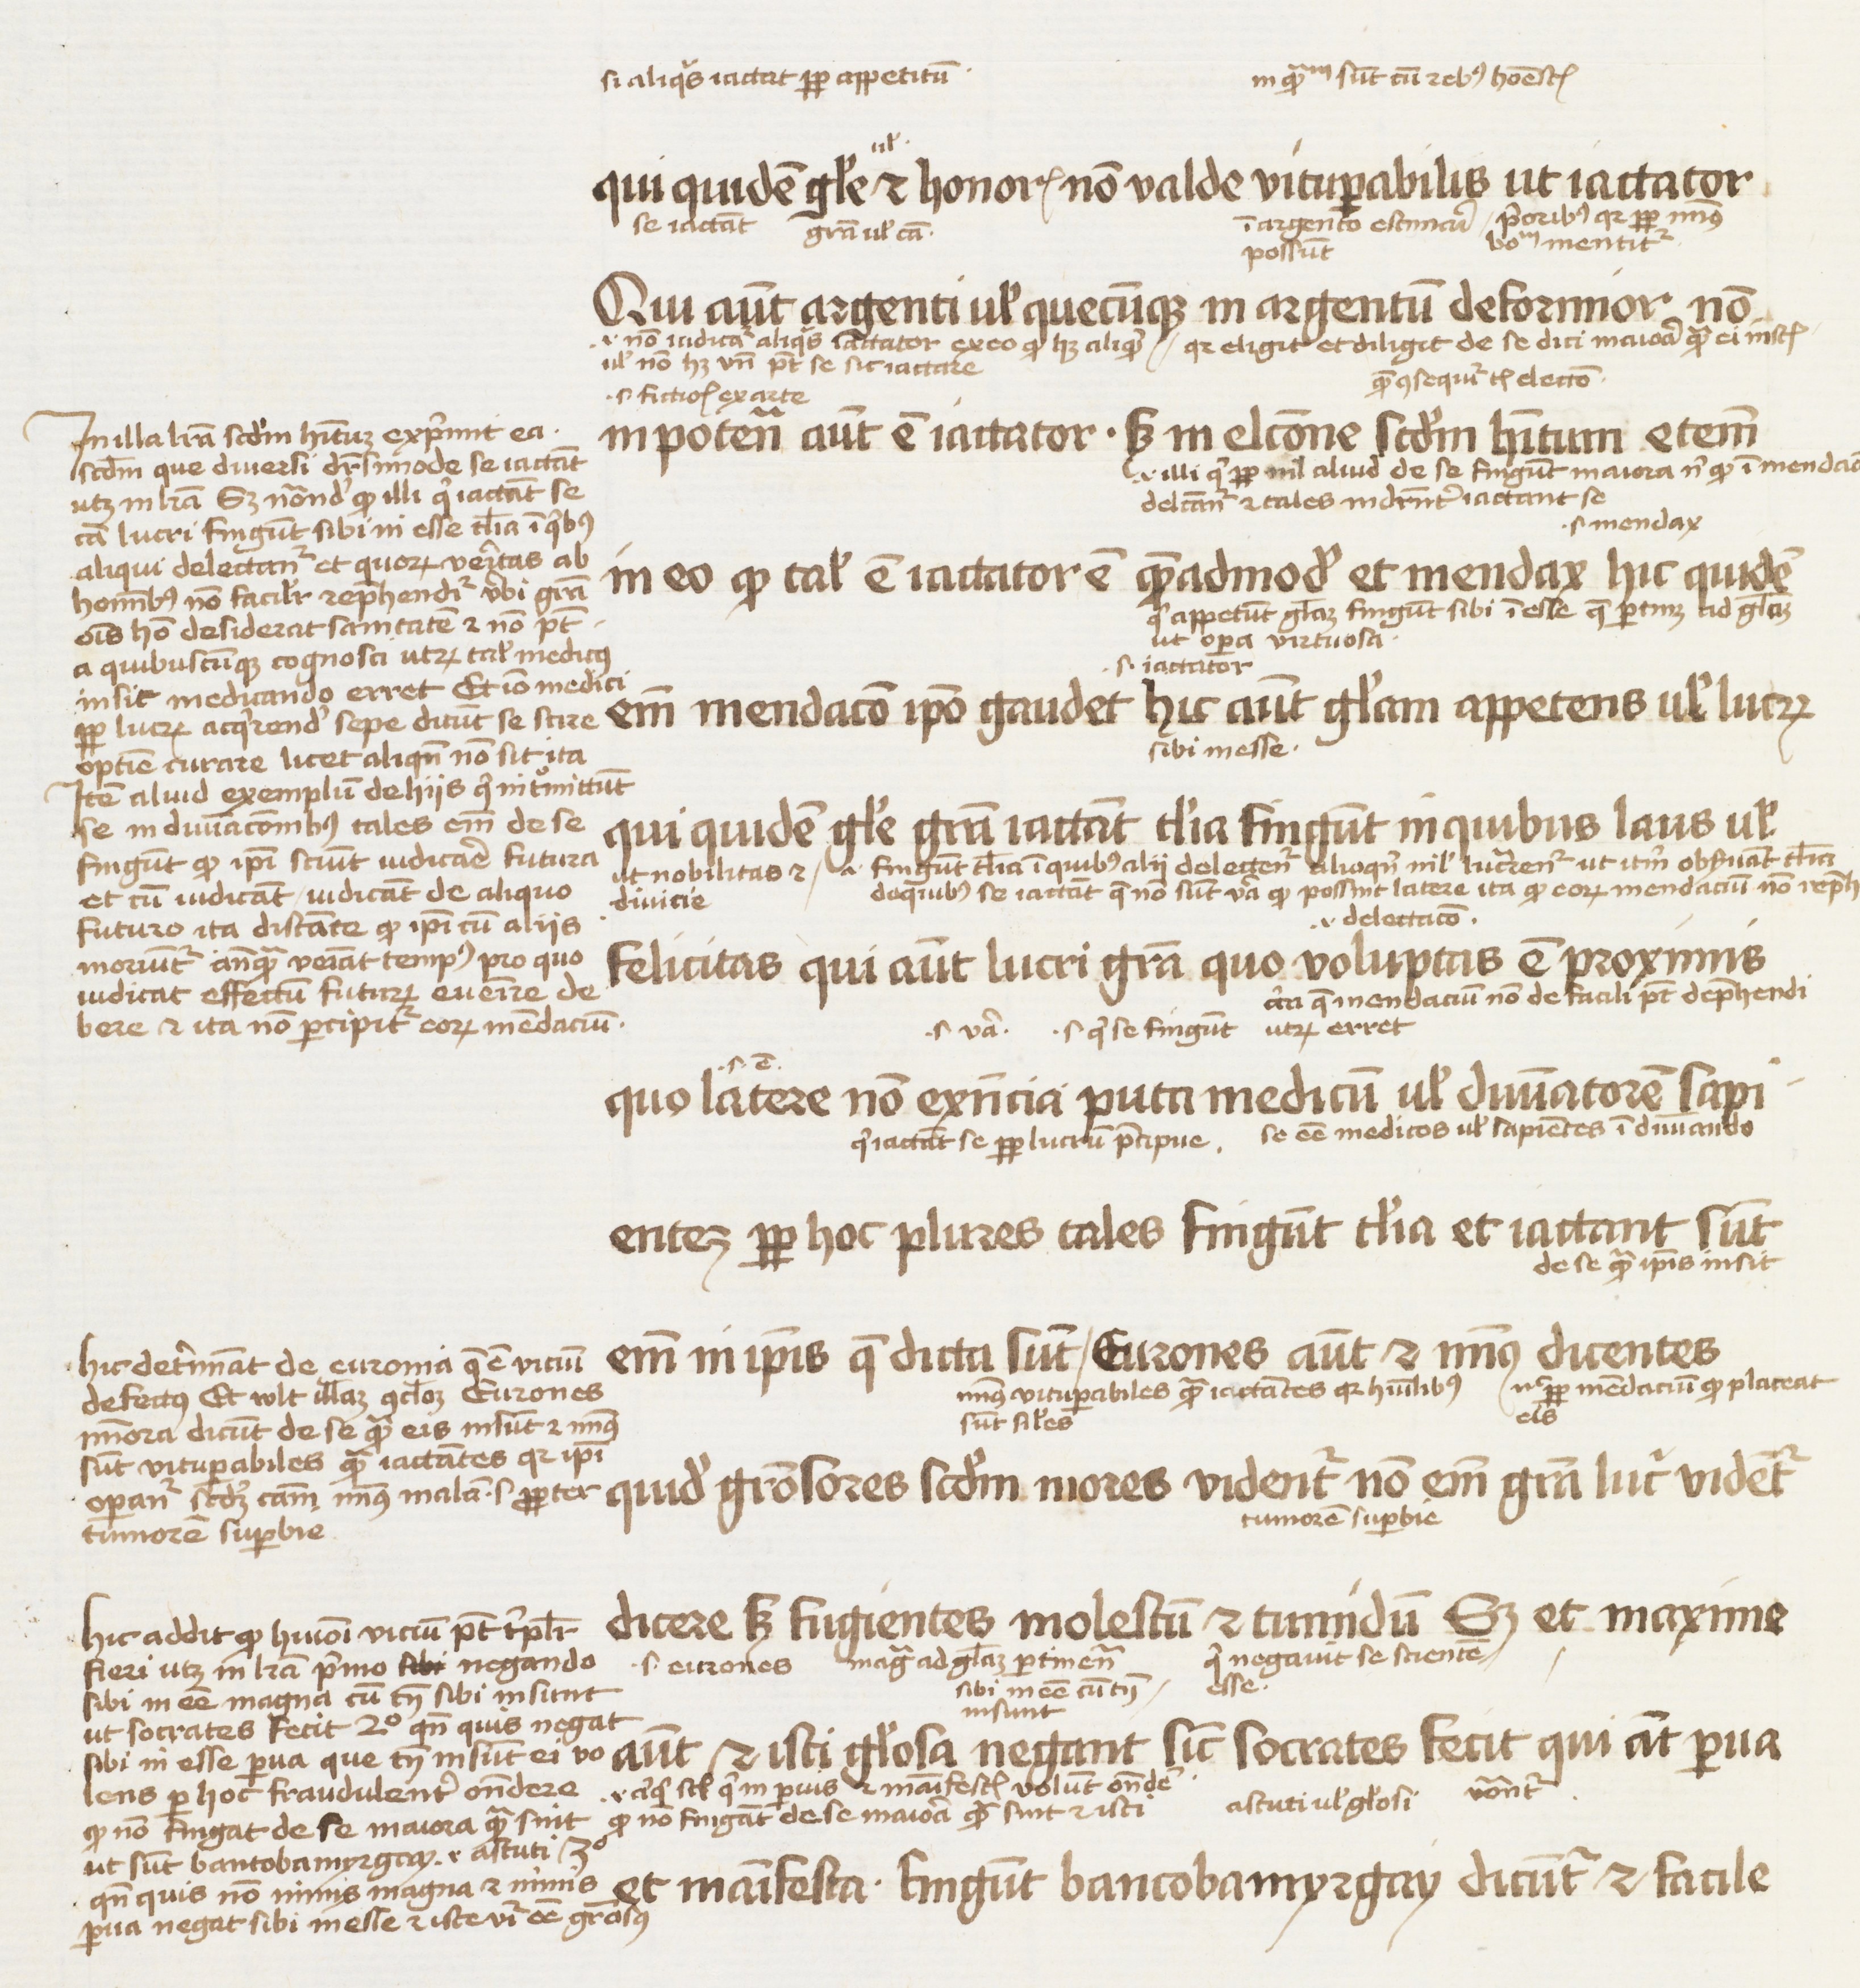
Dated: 1450–1474